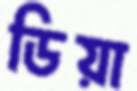
ডিয়া